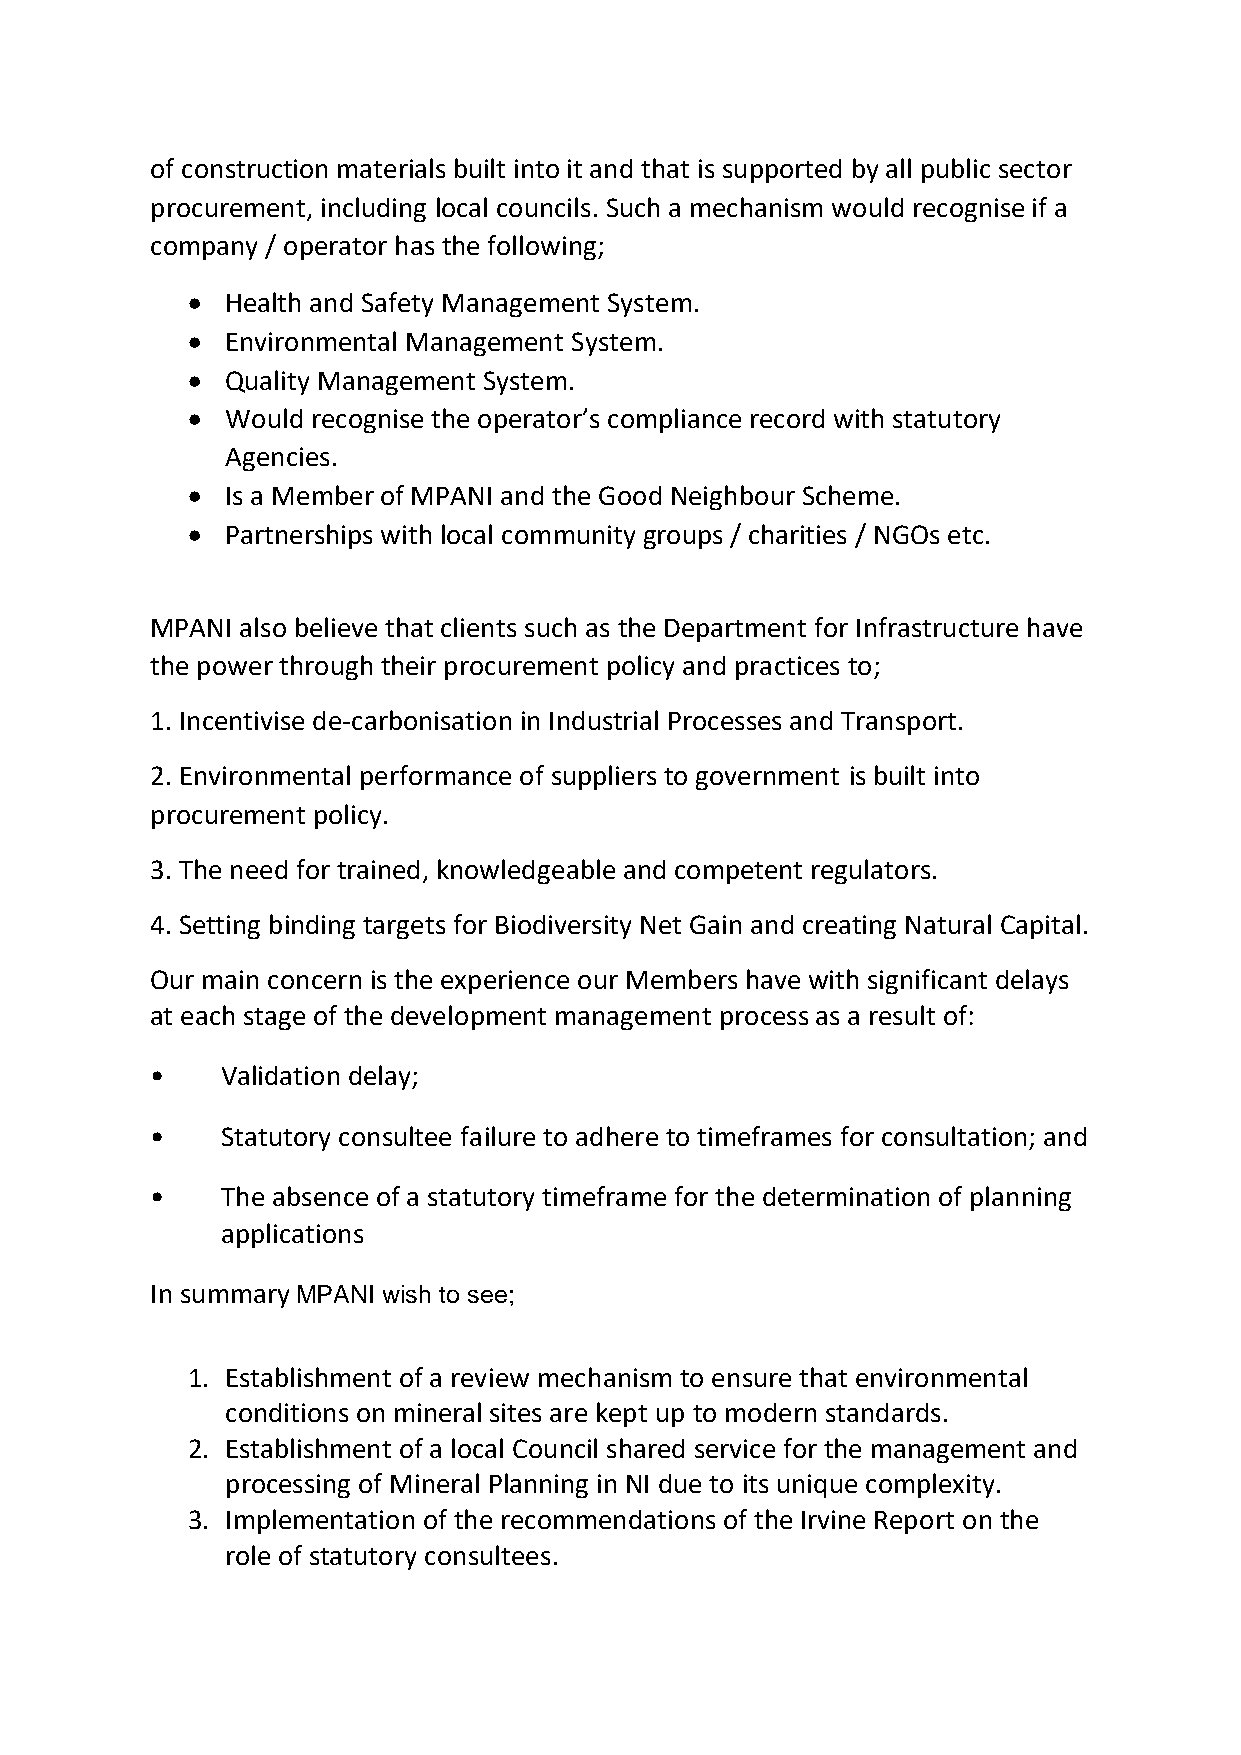
of construction materials built into it and that is supported by all public sector
 procurement, including local councils. Such a mechanism would recognise if a
 company / operator has the following;
 •  Health and Safety Management System.
 •  Environmental Management System.
 •  Quality Management System.
 •  Would recognise the operator’s compliance record with statutory
 Agencies.
 •  Is a Member of MPANI and the Good Neighbour Scheme.
 •  Partnerships with local community groups / charities / NGOs etc.
 MPANI also believe that clients such as the Department for Infrastructure have
 the power through their procurement policy and practices to;
 1. Incentivise de-carbonisation in Industrial Processes and Transport.
 2. Environmental performance of suppliers to government is built into
 procurement policy.
 3. The need for trained, knowledgeable and competent regulators.
 4. Setting binding targets for Biodiversity Net Gain and creating Natural Capital.
 Our main concern is the experience our Members have with significant delays
 at each stage of the development management process as a result of:
 •    Validation delay;
 •    Statutory consultee failure to adhere to timeframes for consultation; and
 •    The absence of a statutory timeframe for the determination of planning
 applications
 In summary MPANI wish to see;
 1. Establishment of a review mechanism to ensure that environmental
 conditions on mineral sites are kept up to modern standards.
 2. Establishment of a local Council shared service for the management and
 processing of Mineral Planning in NI due to its unique complexity.
 3. Implementation of the recommendations of the Irvine Report on the
 role of statutory consultees.